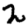
Digit: 2